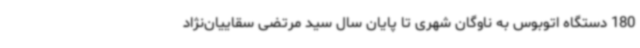
180 دستگاه اتوبوس به ناوگان شهری تا پایان سال سید مرتضی سقاییان‌نژاد